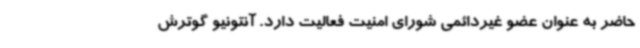
حاضر به عنوان عضو غیردائمی شورای امنیت فعالیت دارد. آنتونیو گوترش